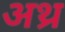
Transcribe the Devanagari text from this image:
अथ्र